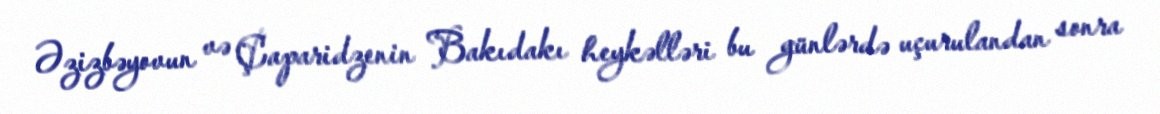
Əzizbəyovun və Çaparidzenin Bakıdakı heykəlləri bu günlərdə uçurulandan sonra